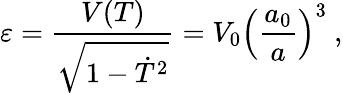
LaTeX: \varepsilon={\frac{V(T)}{\sqrt{1-\dot{T}^{2}}}}=V_{0}\left({\frac{a_{0}}{a}}\right)^{3}\ ,